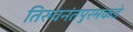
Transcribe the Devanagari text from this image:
तिरुवनंतपुरमकडे